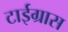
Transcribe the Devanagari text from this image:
टाईग्रास